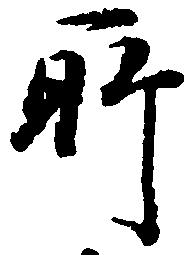
所